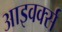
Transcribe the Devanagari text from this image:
आइवर्क्स